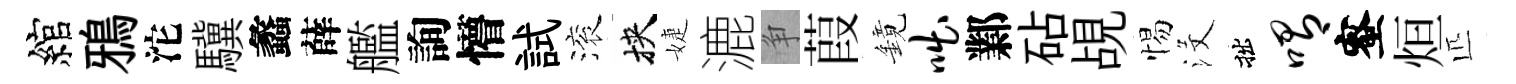
綰鴉沱驥蠡薛艦詢懵試滚挾婕漉争葭鏡咄鄴砧覘惕沒拙喟蜜烜匹